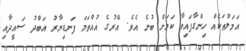
އަމަލުތަކެއް ހިންގާފައިވާ ކަމަށް ބުނެ އެވެ. އޭރުގެ އުއްތަމަ ފަނޑިޔާރު އަބްދު ސައީދާއި